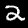
Digit: 2